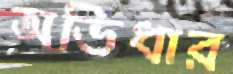
অভিধার